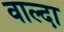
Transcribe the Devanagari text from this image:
वाल्दा